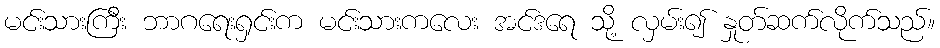
မင်းသားကြီး ဘာဂရေးရှင်းက မင်းသားကလေး အင်ဒရေ သို့ လှမ်း၍ နှုတ်ဆက်လိုက်သည်။